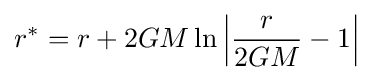
r^{*}=r+2GM\ln \left|{\frac {r}{2GM}}-1\right|